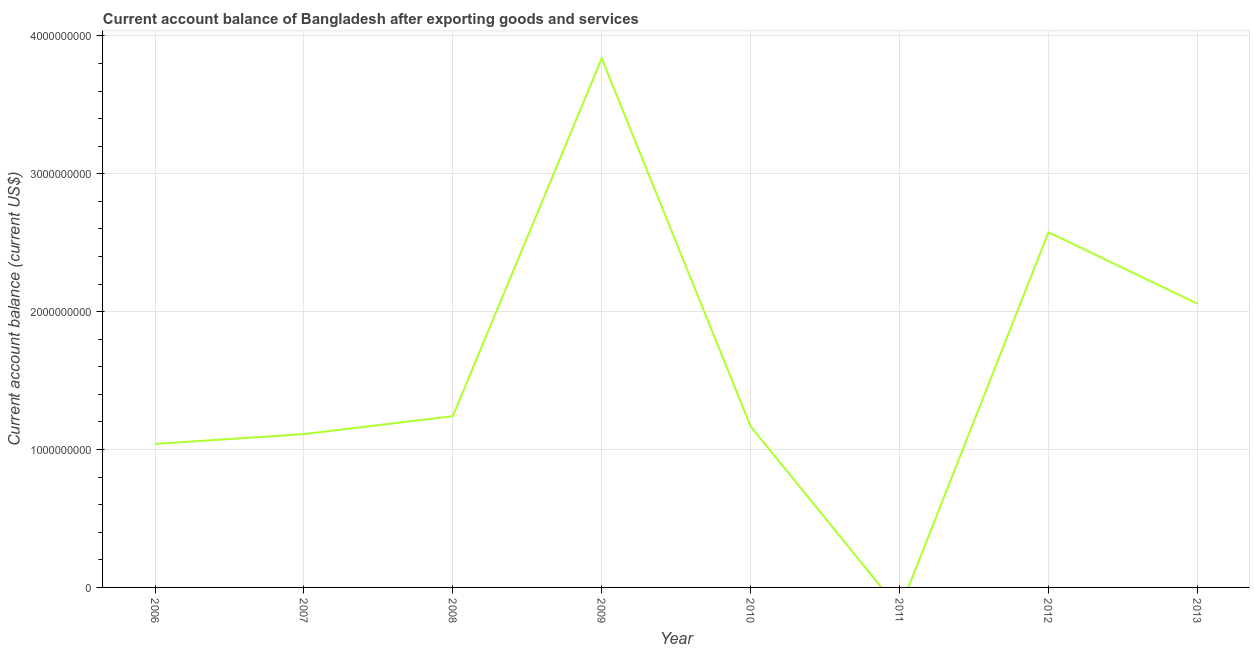
| Year | Current account balance |
 | --- | --- |
 | 2006 | 1.04e+09 |
 | 2007 | 1.11e+09 |
 | 2008 | 1.24e+09 |
 | 2009 | 3.84e+09 |
 | 2010 | 1.17e+09 |
 | 2011 | -1.62e+08 |
 | 2012 | 2.58e+09 |
 | 2013 | 2.06e+09 |